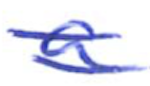
Text: a
Cross-out: double-line
Writing tool: ballpoint